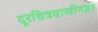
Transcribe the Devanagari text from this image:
दूरचित्रवाणीनवर